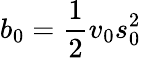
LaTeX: b_{0}={\frac{1}{2}}v_{0}s_{0}^{2}